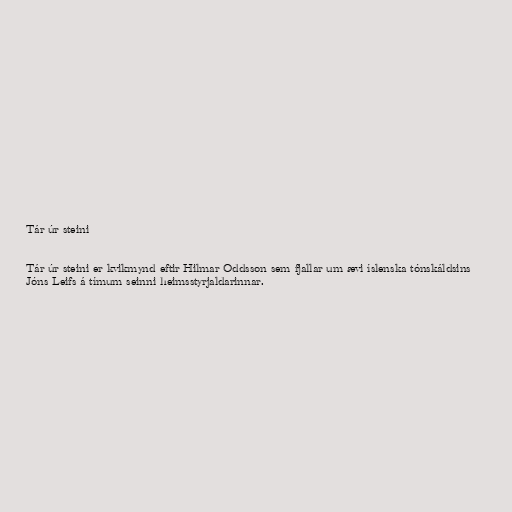
Tár úr steini

Tár úr steini er kvikmynd eftir Hilmar Oddsson sem fjallar um ævi íslenska tónskáldsins
Jóns Leifs á tímum seinni heimsstyrjaldarinnar.